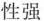
性强